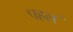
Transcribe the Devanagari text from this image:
पहल॓